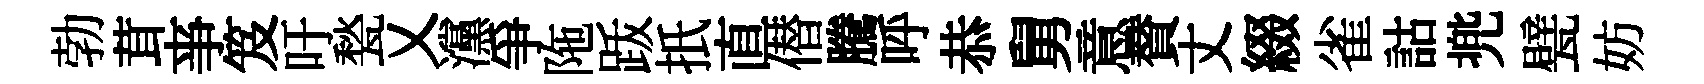
勃茸亊笈吁甃乂灙爭陁䟦扺直僣騰呼恭舅意賛丈綴雀詁兠甓妨